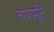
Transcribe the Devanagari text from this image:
त्यागमूर्ति